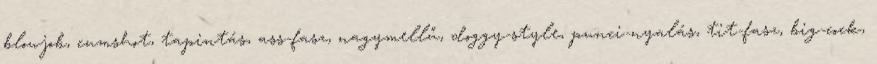
blowjob, cumshot, tapintás, ass-fasz, nagymellű, doggy-style, punci-nyalás, tit-fasz, big-cock,